Materia medica of Madras volume I
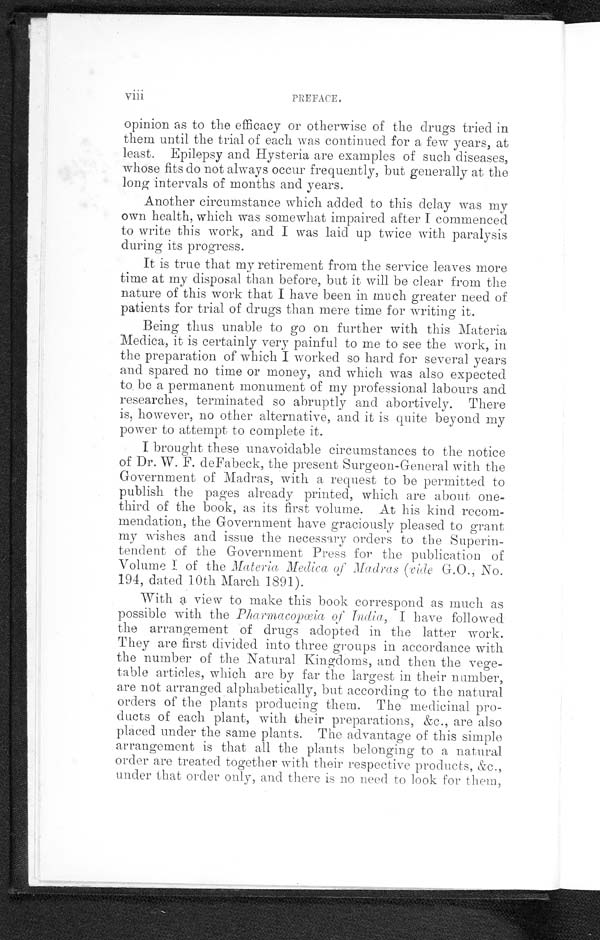
viii
PREFACE.
opinion as to the efficacy or otherwise of the drugs tried in
them until the trial of each was continued for a few years, at
least. Epilepsy and Hysteria are examples of such diseases,
whose fits do not always occur frequently, but generally at the
long intervals of months and years.
Another circumstance which added to this delay was my
own health, which was somewhat impaired after I commenced
to write this work, and I was laid up twice with paralysis
during its progress.
It is true that my retirement from the service leaves more
time at my disposal than before, but it will be clear from the
nature of this work that I have been in much greater need of
patients for trial of drugs than mere time for writing it.
Being thus unable to go on further with this Materia
Medica, it is certainly very painful to me to see the work, in
the preparation of which I worked so hard for several years
and spared no time or money, and which was also expected
to be a permanent monument of my professional labours and
researches, terminated so abruptly and abortively. There
is, however, no other alternative, and it is quite beyond my
power to attempt to complete it.
I brought these unavoidable circumstances to the notice
of Dr. W. F. deFabeck, the present Surgeon-General with the
Government of Madras, with a request to be permitted to
publish the pages already printed, which are about one-
third of the book, as its first volume. At his kind recom-
mendation, the Government have graciously pleased to grant
my wishes and issue the necessary orders to the Superin-
tendent of the Government Press for the publication of
Volume I of the Materia Medica of Madras (cide GOO., No.
194, dated 10th March 1891).
With a view to make this book correspond as much as
possible with the Pharmacopœia of India, I have followed
the arrangement of drugs adopted in the latter work.
They are first divided into three groups in accordance with
the number of the Natural Kingdoms, and then the vege-
table articles, which are by far the largest in their number,
are not arranged alphabetically, but according to the natural.
orders of the plants producing them. The medicinal pro-
ducts of each plant, with their preparations, &c., are also
placed under the same plants. The advantage of this simple
arrangement is that all the plants belonging to a natural.
order are treated together with their respective products, &c.,
under that order only, and there is no need to look for then,